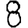
Digit: 8